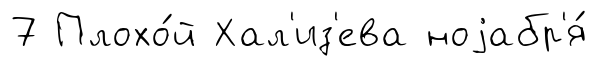
7 Плохо́й Хал'из'ева ноjабр'я́